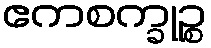
ဧကစက္ခုဉ္စ